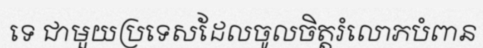
ទេ ជាមួយប្រទេសដែលចូលចិត្តរំលោភបំពាន